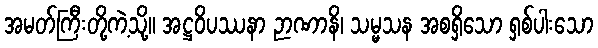
အမတ်ကြီးတို့ကဲ့သို့။ အဋ္ဌဝိပဿနာ ဉာဏာနိ၊ သမ္မသန အစရှိသော ရှစ်ပါးသော